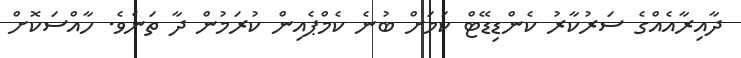
ދާއިރާއެއްގެ ސަރުކާރު ކެންޑިޑޭޓް ކަމަށް ބުނެ ކެމްޕެއިން ކުރަމުން ދާ ތަނެވެ. ހާއްސަކޮށް